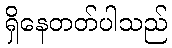
ရှိနေတတ်ပါသည်